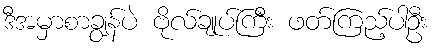
ဒီအမှာစာချွန်ပဲ ဗိုလ်ချုပ်ကြီး ဖတ်ကြည့်ပါဦး